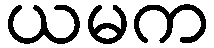
ယမက